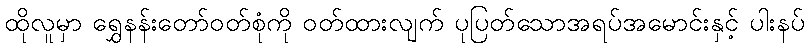
ထိုလူမှာ ရွှေနန်းတော်ဝတ်စုံကို ဝတ်ထားလျက် ပုပြတ်သောအရပ်အမောင်းနှင့် ပါးနပ်